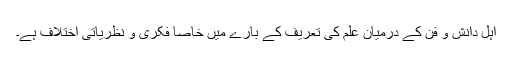
اہلِ دانش و فن کے درمیان علم کی تعریف کے بارے میں خاصا فکری و نظریاتی اختلاف ہے۔